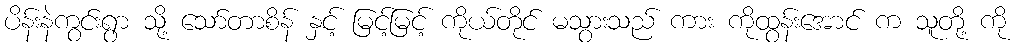
ပိန်းနဲကွင်းရွာ သို့ သော်တာစိန် နှင့် မြင့်မြင့် ကိုယ်တိုင် မသွားသည် ကား ကိုထွန်းအောင် က သူတို့ ကို